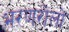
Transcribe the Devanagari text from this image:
भरणरोलों